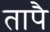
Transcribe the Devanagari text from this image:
तापै